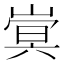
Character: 𫶍